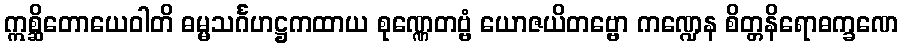
ဣစ္ဆိတောယေဝါတိ ဓမ္မသင်္ဂဟဋ္ဌကထာယ စုဏ္ဏေတဗ္ဗံ ယောဇယိတဗ္ဗော ကဏ္ဍေန စိတ္တနိရောဓက္ခဏေ